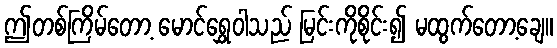
ဤတစ်ကြိမ်တော့ မောင်ရွှေဝါသည် မြင်းကိုစိုင်း၍ မထွက်တော့ချေ။